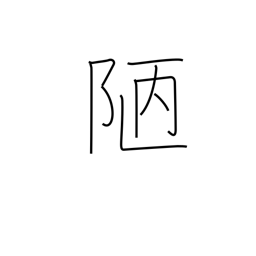
Meaning: meanness